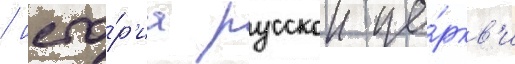
/ исто́р'иа русскои це́ркв'и